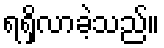
ရရှိလာခဲ့သည်။